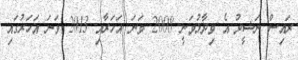
ރައިސް ނަޝީދު އެ ވިދާޅުވަނީ 2008 ވަނަ އަހަރާއި 2013 ވަނަ އަހަރުގައި